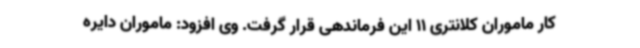
کار ماموران کلانتری 11 این فرماندهی قرار گرفت. وی افزود: ماموران دایره